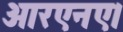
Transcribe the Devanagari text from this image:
आरएनए।